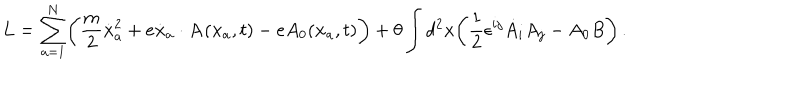
L = \sum _ { a = 1 } ^ { N } \biggl ( { \frac { m } { 2 } } { \dot { \bf x } } _ { a } ^ { 2 } + e { \dot { \bf x } _ { a } } \cdot { \bf A } ( { \bf x } _ { a } , t ) - e A _ { 0 } ( { \bf x } _ { a } , t ) \biggr ) + \theta \int d ^ { 2 } x \biggl ( { \frac { 1 } { 2 } } \epsilon ^ { i j } { \dot { A } } _ { i } A _ { j } - A _ { 0 } B \biggr ) \, .